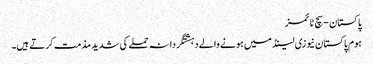
پاکستان - سچ ٹائمز
ہوم پاکستان نیوزی لینڈ میں ہونے والے دہشتگردانہ حملے کی شدید مذمت کرتے ہیں۔